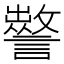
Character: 𧭁